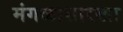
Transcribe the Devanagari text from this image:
मंगळासारखा